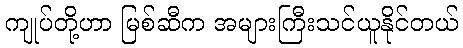
ကျုပ်တို့ဟာ မြစ်ဆီက အများကြီးသင်ယူနိုင်တယ်